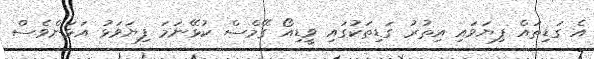
އެ ގަޑިތައް ފިޔަވައި އިތުރު ގަޑިތަކުގައި ވީޑިއޯ ގޭމްސް ކުޅޭނަމަ ފިޔަވަޅު އަޅަންވެސް